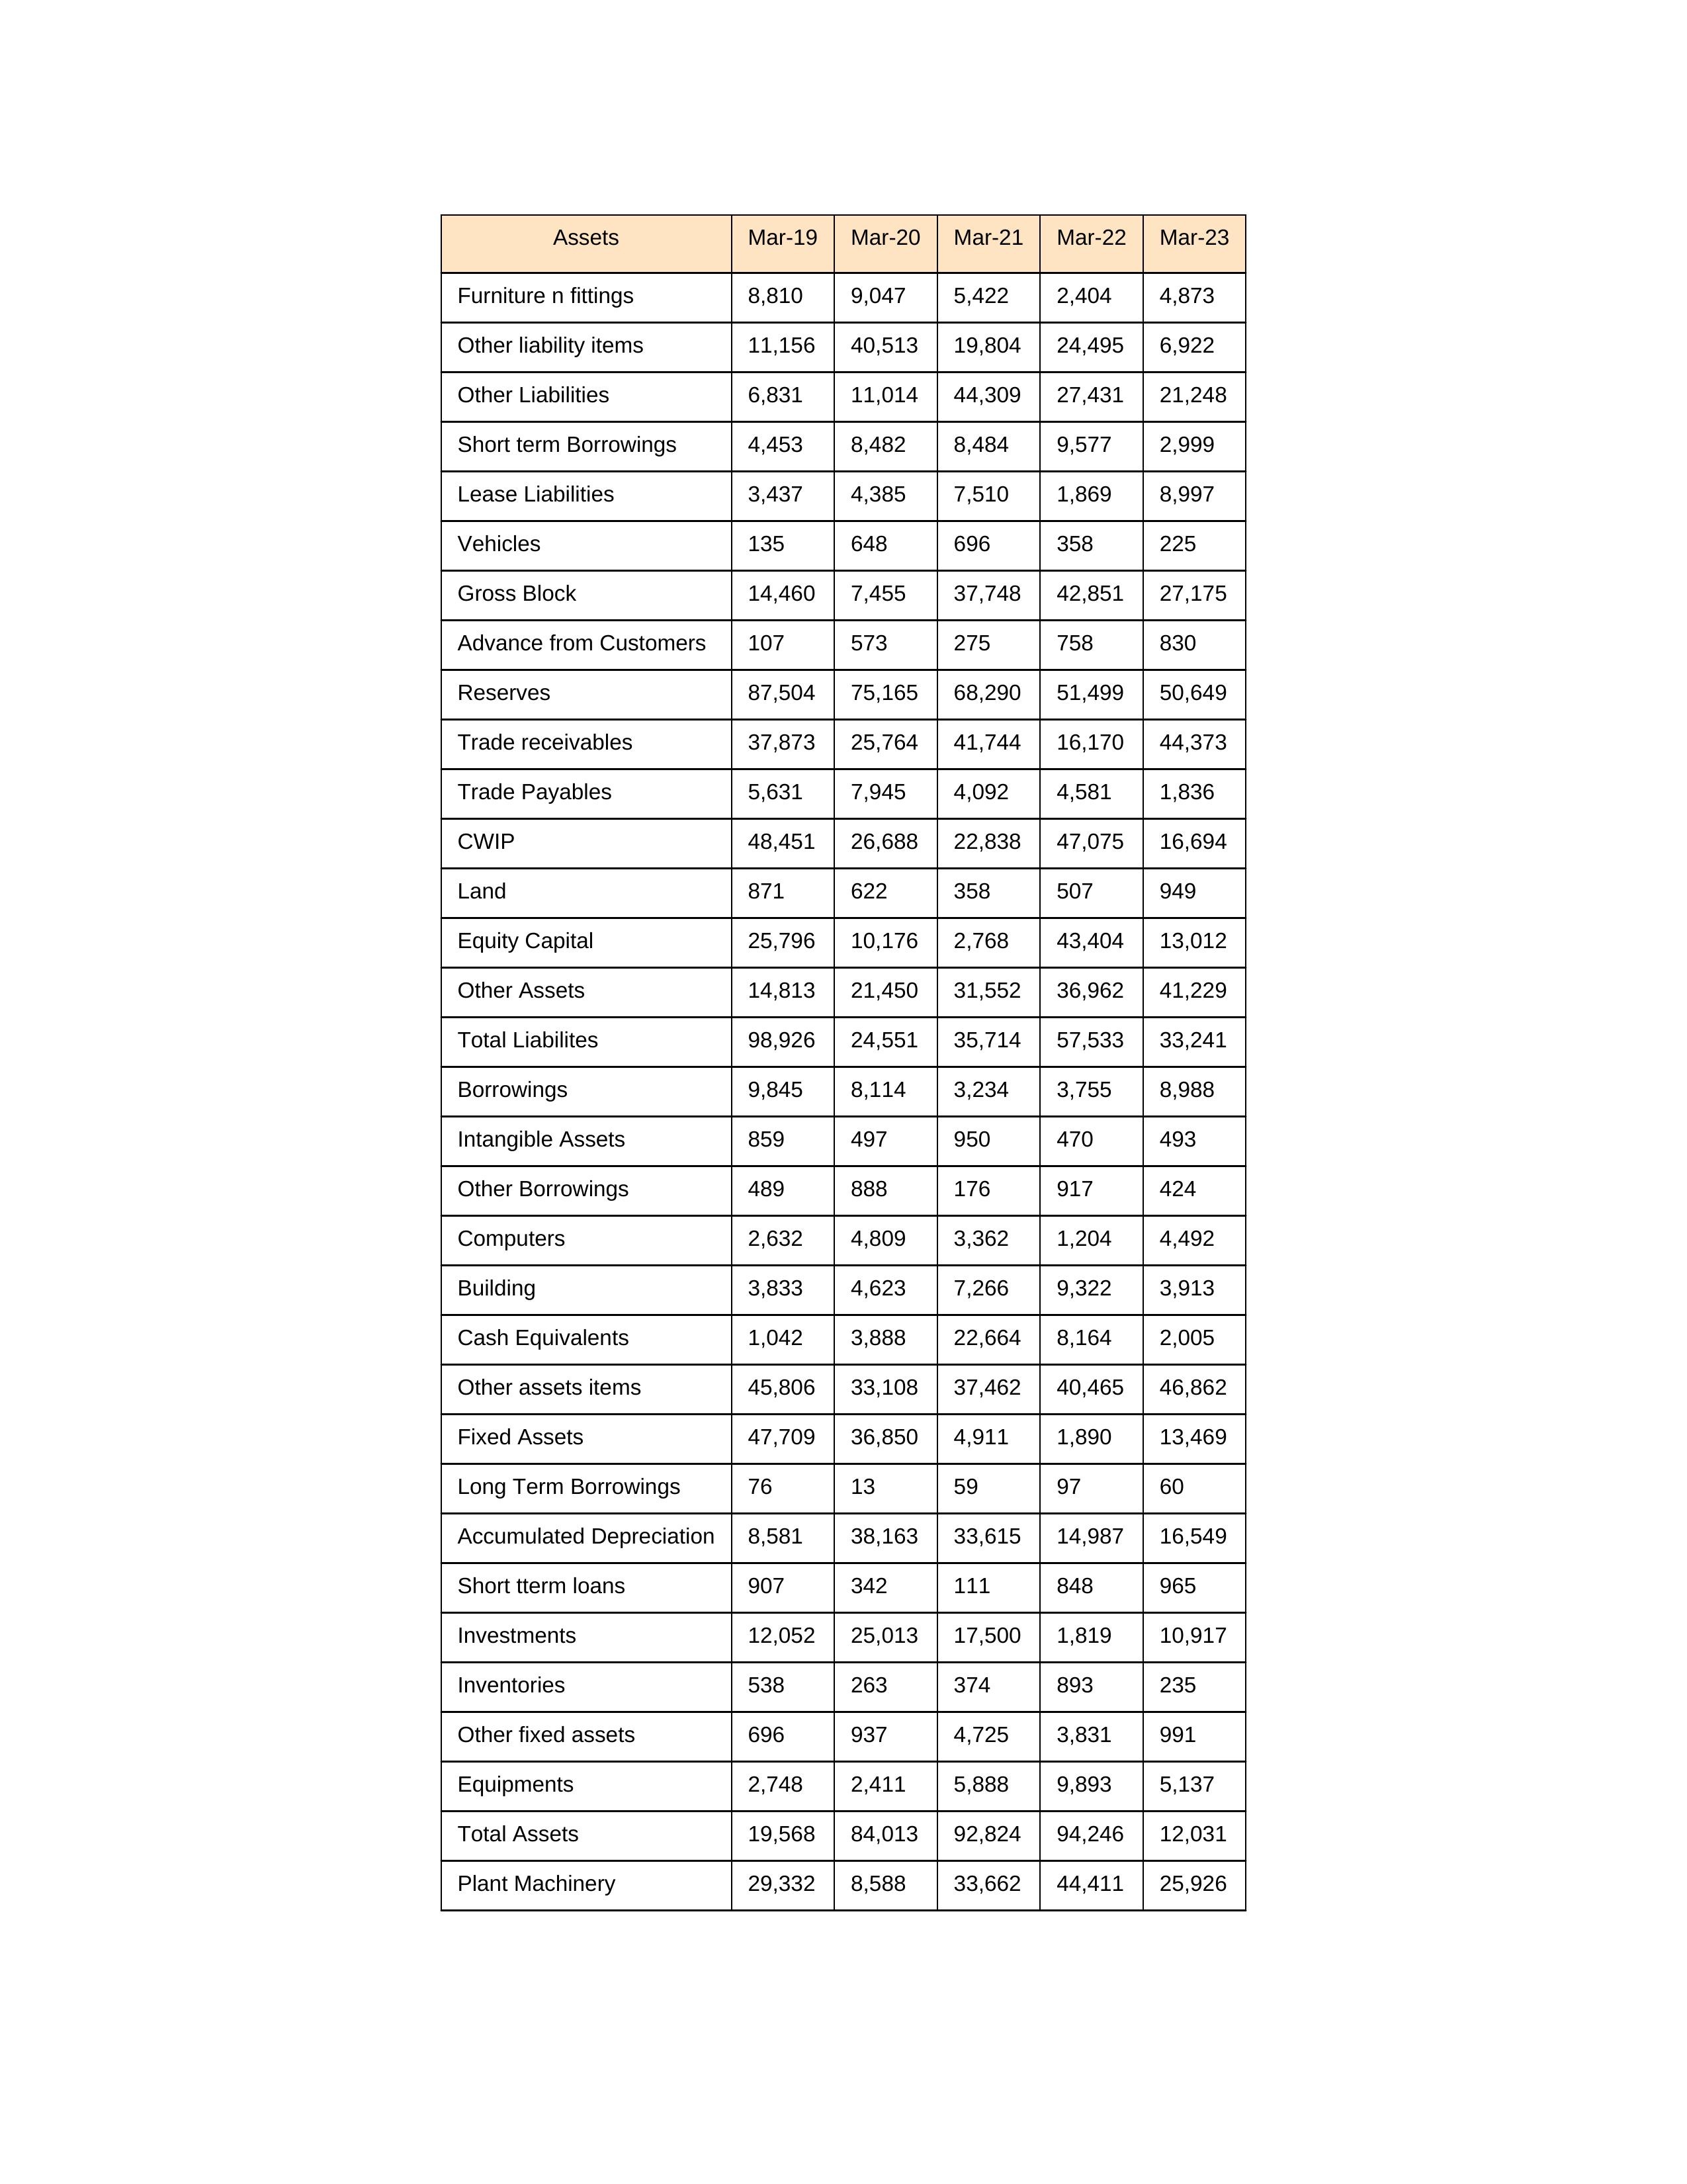
gt_parse: Mar-19: Equity Capital: 25,796
Reserves: 87,504
Borrowings: 9,845
Long Term Borrowings: 76
Short term Borrowings: 4,453
Lease Liabilities: 3,437
Other Borrowings: 489
Other Liabilities: 6,831
Trade Payables: 5,631
Advance from Customers: 107
Other liability items: 11,156
Total Liabilites: 98,926
Fixed Assets: 47,709
Land: 871
Building: 3,833
Plant Machinery: 29,332
Equipments: 2,748
Computers: 2,632
Furniture n fittings: 8,810
Vehicles: 135
Intangible Assets: 859
Other fixed assets: 696
Gross Block: 14,460
Accumulated Depreciation: 8,581
CWIP: 48,451
Investments: 12,052
Other Assets: 14,813
Inventories: 538
Trade receivables: 37,873
Cash Equivalents: 1,042
Short tterm loans: 907
Other assets items: 45,806
Total Assets: 19,568
Mar-20: Equity Capital: 10,176
Reserves: 75,165
Borrowings: 8,114
Long Term Borrowings: 13
Short term Borrowings: 8,482
Lease Liabilities: 4,385
Other Borrowings: 888
Other Liabilities: 11,014
Trade Payables: 7,945
Advance from Customers: 573
Other liability items: 40,513
Total Liabilites: 24,551
Fixed Assets: 36,850
Land: 622
Building: 4,623
Plant Machinery: 8,588
Equipments: 2,411
Computers: 4,809
Furniture n fittings: 9,047
Vehicles: 648
Intangible Assets: 497
Other fixed assets: 937
Gross Block: 7,455
Accumulated Depreciation: 38,163
CWIP: 26,688
Investments: 25,013
Other Assets: 21,450
Inventories: 263
Trade receivables: 25,764
Cash Equivalents: 3,888
Short tterm loans: 342
Other assets items: 33,108
Total Assets: 84,013
Mar-21: Equity Capital: 2,768
Reserves: 68,290
Borrowings: 3,234
Long Term Borrowings: 59
Short term Borrowings: 8,484
Lease Liabilities: 7,510
Other Borrowings: 176
Other Liabilities: 44,309
Trade Payables: 4,092
Advance from Customers: 275
Other liability items: 19,804
Total Liabilites: 35,714
Fixed Assets: 4,911
Land: 358
Building: 7,266
Plant Machinery: 33,662
Equipments: 5,888
Computers: 3,362
Furniture n fittings: 5,422
Vehicles: 696
Intangible Assets: 950
Other fixed assets: 4,725
Gross Block: 37,748
Accumulated Depreciation: 33,615
CWIP: 22,838
Investments: 17,500
Other Assets: 31,552
Inventories: 374
Trade receivables: 41,744
Cash Equivalents: 22,664
Short tterm loans: 111
Other assets items: 37,462
Total Assets: 92,824
Mar-22: Equity Capital: 43,404
Reserves: 51,499
Borrowings: 3,755
Long Term Borrowings: 97
Short term Borrowings: 9,577
Lease Liabilities: 1,869
Other Borrowings: 917
Other Liabilities: 27,431
Trade Payables: 4,581
Advance from Customers: 758
Other liability items: 24,495
Total Liabilites: 57,533
Fixed Assets: 1,890
Land: 507
Building: 9,322
Plant Machinery: 44,411
Equipments: 9,893
Computers: 1,204
Furniture n fittings: 2,404
Vehicles: 358
Intangible Assets: 470
Other fixed assets: 3,831
Gross Block: 42,851
Accumulated Depreciation: 14,987
CWIP: 47,075
Investments: 1,819
Other Assets: 36,962
Inventories: 893
Trade receivables: 16,170
Cash Equivalents: 8,164
Short tterm loans: 848
Other assets items: 40,465
Total Assets: 94,246
Mar-23: Equity Capital: 13,012
Reserves: 50,649
Borrowings: 8,988
Long Term Borrowings: 60
Short term Borrowings: 2,999
Lease Liabilities: 8,997
Other Borrowings: 424
Other Liabilities: 21,248
Trade Payables: 1,836
Advance from Customers: 830
Other liability items: 6,922
Total Liabilites: 33,241
Fixed Assets: 13,469
Land: 949
Building: 3,913
Plant Machinery: 25,926
Equipments: 5,137
Computers: 4,492
Furniture n fittings: 4,873
Vehicles: 225
Intangible Assets: 493
Other fixed assets: 991
Gross Block: 27,175
Accumulated Depreciation: 16,549
CWIP: 16,694
Investments: 10,917
Other Assets: 41,229
Inventories: 235
Trade receivables: 44,373
Cash Equivalents: 2,005
Short tterm loans: 965
Other assets items: 46,862
Total Assets: 12,031